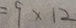
= 9 \times 1 2